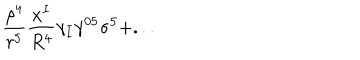
LaTeX: \frac { \rho ^ { 4 } } { r ^ { 5 } } \frac { x ^ { I } } { R ^ { 4 } } \gamma _ { I } \gamma ^ { 0 5 } \sigma ^ { 5 } + . . .